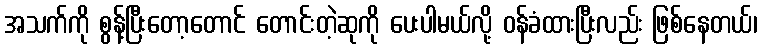
အသက်ကို စွန့်ပြီးတော့တောင် တောင်းတဲ့ဆုကို ပေးပါမယ်လို့ ဝန်ခံထားပြီးလည်း ဖြစ်နေတယ်၊